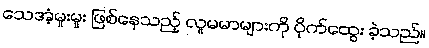
သေအံ့မူးမူး ဖြစ်နေသည့် လူမမာများကို ပိုက်ထွေး ခဲ့သည်။